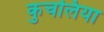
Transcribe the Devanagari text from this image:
कुचलिया